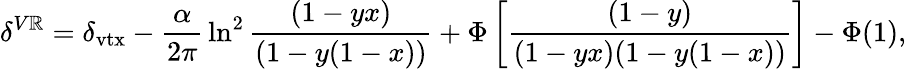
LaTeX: \delta^{V\mathbb{R}}=\delta_{\mathrm{{vtx}}}-{\frac{{\alpha}}{{2\pi}}}\ln^{2}{\frac{{(1-yx)}}{{(1-y(1-x))}}}+\Phi\left[{\frac{{(1-y)}}{{(1-yx)(1-y(1-x))}}}\right]-\Phi(1),